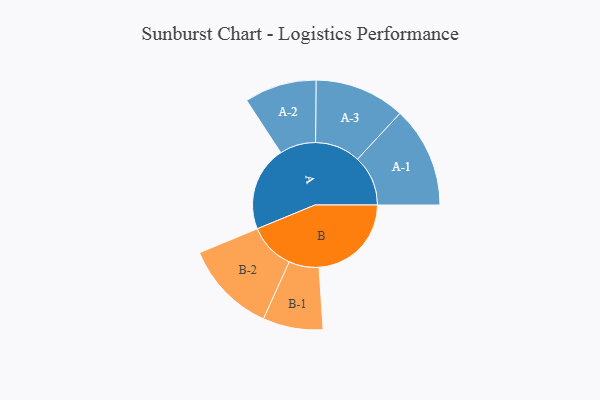
{"axis": {"x": "Segment", "y": "Value"}, "legend": ["", "A", "B"], "data": [{"x": "A", "y": 440, "type": ""}, {"x": "B", "y": 479, "type": ""}, {"x": "A-1", "y": 262, "type": "A"}, {"x": "A-2", "y": 187, "type": "A"}, {"x": "A-3", "y": 235, "type": "A"}, {"x": "B-1", "y": 156, "type": "B"}, {"x": "B-2", "y": 240, "type": "B"}]}